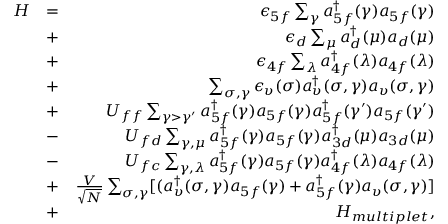
\begin{array} { r l r } { H } & { = } & { \epsilon _ { 5 f } \sum _ { \gamma } a _ { 5 f } ^ { \dag } ( \gamma ) a _ { 5 f } ( \gamma ) } \\ & { + } & { \epsilon _ { d } \sum _ { \mu } a _ { d } ^ { \dag } ( \mu ) a _ { d } ( \mu ) } \\ & { + } & { \epsilon _ { 4 f } \sum _ { \lambda } a _ { 4 f } ^ { \dag } ( \lambda ) a _ { 4 f } ( \lambda ) } \\ & { + } & { \sum _ { \sigma , \gamma } \epsilon _ { \upsilon } ( \sigma ) a _ { \upsilon } ^ { \dag } ( \sigma , \gamma ) a _ { \upsilon } ( \sigma , \gamma ) } \\ & { + } & { U _ { f f } \sum _ { \gamma > \gamma ^ { \prime } } a _ { 5 f } ^ { \dag } ( \gamma ) a _ { 5 f } ( \gamma ) a _ { 5 f } ^ { \dag } ( \gamma ^ { \prime } ) a _ { 5 f } ( \gamma ^ { \prime } ) } \\ & { - } & { U _ { f d } \sum _ { \gamma , \mu } a _ { 5 f } ^ { \dag } ( \gamma ) a _ { 5 f } ( \gamma ) a _ { 3 d } ^ { \dag } ( \mu ) a _ { 3 d } ( \mu ) } \\ & { - } & { U _ { f c } \sum _ { \gamma , \lambda } a _ { 5 f } ^ { \dag } ( \gamma ) a _ { 5 f } ( \gamma ) a _ { 4 f } ^ { \dag } ( \lambda ) a _ { 4 f } ( \lambda ) } \\ & { + } & { \frac { V } { \sqrt { N } } \sum _ { \sigma , \gamma } [ ( a _ { \upsilon } ^ { \dag } ( \sigma , \gamma ) a _ { 5 f } ( \gamma ) + a _ { 5 f } ^ { \dag } ( \gamma ) a _ { \upsilon } ( \sigma , \gamma ) ] } \\ & { + } & { H _ { m u l t i p l e t } , } \end{array}